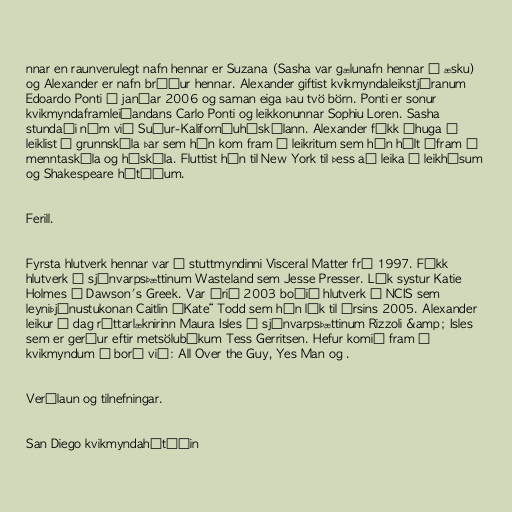
nnar en raunverulegt nafn hennar er Suzana (Sasha var gælunafn hennar í æsku)
og Alexander er nafn bróður hennar. Alexander giftist kvikmyndaleikstjóranum
Edoardo Ponti í janúar 2006 og saman eiga þau tvö börn. Ponti er sonur
kvikmyndaframleiðandans Carlo Ponti og leikkonunnar Sophiu Loren. Sasha
stundaði nám við Suður-Kaliforníuháskólann. Alexander fékk áhuga á
leiklist í grunnskóla þar sem hún kom fram í leikritum sem hún hélt áfram í
menntaskóla og háskóla. Fluttist hún til New York til þess að leika í leikhúsum
og Shakespeare hátíðum.

Ferill.

Fyrsta hlutverk hennar var í stuttmyndinni Visceral Matter frá 1997. Fékk
hlutverk í sjónvarpsþættinum Wasteland sem Jesse Presser. Lék systur Katie
Holmes í Dawson's Greek. Var árið 2003 boðið hlutverk í NCIS sem
leyniþjónustukonan Caitlin „Kate“ Todd sem hún lék til ársins 2005. Alexander
leikur í dag réttarlæknirinn Maura Isles í sjónvarpsþættinum Rizzoli &amp; Isles
sem er gerður eftir metsölubókum Tess Gerritsen. Hefur komið fram í
kvikmyndum á borð við: All Over the Guy, Yes Man og .

Verðlaun og tilnefningar.

San Diego kvikmyndahátíðin